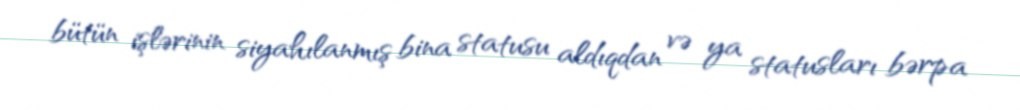
bütün işlərinin siyahılanmış bina statusu aldıqdan və ya statusları bərpa